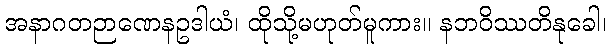
အနာဂတဉာဏေနဥဒါယံ၊ ထိုသို့မဟုတ်မူကား။ နဘဝိဿတိနုခေါ၊